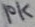
Text: 10K